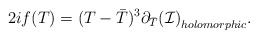
\begin{align*}2 i f(T) = (T- {\bar T})^3 \partial_{\bar T} {({\cal I})}_{holomorphic}.\end{align*}